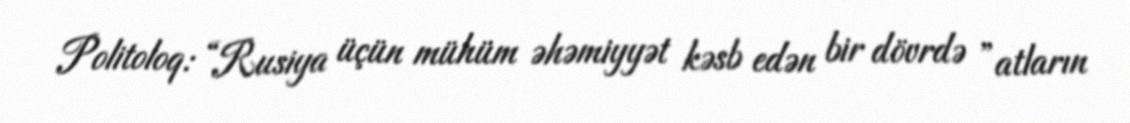
Politoloq: “Rusiya üçün mühüm əhəmiyyət kəsb edən bir dövrdə ”atların